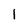
Character: 1